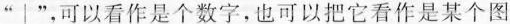
”│”，可以看作是个数字，也可以把它看作是某个图